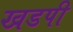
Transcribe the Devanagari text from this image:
खडपी